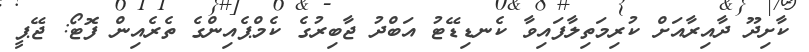
ކާށިދޫ ދާއިރާއަށް ކުރިމަތިލާފައިވާ ކެނޑިޑޭޓު އަބްދު ޖާބިރުގެ ކެމްޕެއިންގެ ތެރެއިން ފޮޓޯ: ޖޭޕީ